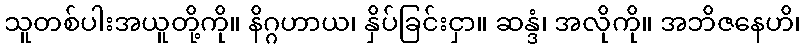
သူတစ်ပါးအယူတို့ကို။ နိဂ္ဂဟာယ၊ နှိပ်ခြင်းငှာ။ ဆန္ဒံ၊ အလိုကို။ အဘိဇနေဟိ၊